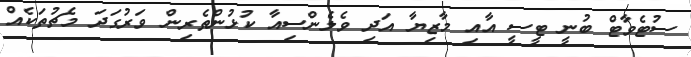
ސުޓެވާޓް ބުނީ ޓީސީ އާއި މާޒިޔާ އަދި ވެލެންސިއާ ކުޅުންތެރިން ވަރުގަދަ މެޗުތަކެއް